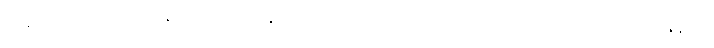
ပြန်လမ်းမရှိသော အာဂုံဆောင်နိုင်ခဲ့သည် အသေးစားချေးငွေများ ဘီးလင်းမဲဆန္ဒနယ်